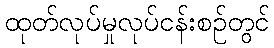
ထုတ်လုပ်မှုလုပ်ငန်းစဉ်တွင်